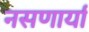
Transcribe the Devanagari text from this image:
नसणार्या